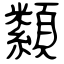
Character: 纇